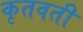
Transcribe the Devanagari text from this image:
कृतवती